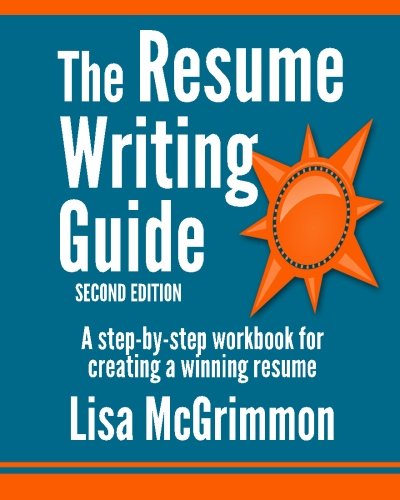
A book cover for The Resume Writing Guide: A Step-by-Step Workbook for Writing a Winning Resume; Lisa McGrimmon; Business & Money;